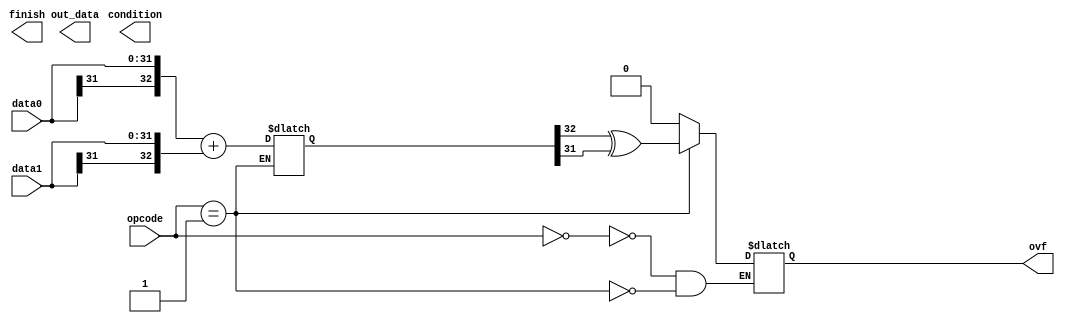
module alu(
    input  [ 3:0]   opcode,        //操作码
    input  [31:0]   data0,         //输入数据A
    input  [31:0]   data1,         //输入数据B
    output [31:0]   out_data,      //输出结果
    output reg      ovf,           //溢出标志位
    output [ 3:0]   condition,     //状态码
    output          finish         //完成
    );   
    parameter   _OUT            = 1'h0;
    parameter   _ADD            = 1'h1;
    parameter   _SUB            = 1'h2;
    parameter   _AND            = 1'h3;
    parameter   _OR             = 1'h4;
    parameter   _NOR            = 1'h5;
    parameter   _XOR            = 1'h6;
    parameter   _SHITF_L_LOGIC  = 1'h7;
    parameter   _SHITF_R_LOGIC  = 1'h8;
    parameter   _SHITF_R_ARITH  = 1'h9;
    parameter  _MULT            = 1'ha;
    parameter  _DIV             = 1'hb;
    parameter  _MULTU           = 1'hc;
    parameter  _DIVU            = 1'hd;
    parameter  _SLT             = 1'he;
    parameter  _SLTU            = 1'hf;
    wire [4:0]    shf;
    assign shf = data1[4:0];
    wire [31:0] shf_temp_1;
    wire [31:0] shf_temp_2;
    wire [31:0] shf_temp_3;
    wire [31:0] shf_temp_4;
    wire [31:0] shf_temp_5;
    wire EQ,NE,GT,LT;
    wire [32:0] tmp0;
    wire [32:0] tmp1;
    wire [32:0] tmp_out;
    assign tmp0 =  {data0[31],data0};
    assign tmp1 = {data1[31],data1};

    always@(*)
    begin
        case(opcode)
            _OUT:           
            begin
                outdata <= data0;
                ovf = 0;
            end
            _ADD:
            begin
                tmp_out <= tmp0 + tmp1;
                ovf <= tmp_out[32] ^ tmp_out[31];
                outdata <= tmp_out[31:0];
            end 
            _SUB:
            begin
                tmp_out <= data0 - data1;
                ovf <= tmp_out[32] ^ tmp_out[31];
                outdata <= tmp_out[31:0];
                EQ <= 1'b0;
                NE <= 1'b0;
                GT <= 1'b0;
                LT <= 1'b0;
                if(outdata == 32'b0)EQ <=1'b1;
                else if(outdata[31]==1'b0)
                begin
                    NE <= 1'b1;
                    GT <= 1'b1;
                end
                else 
                begin
                    NE <= 1'b1;
                    LT <= 1'b1;
                end
                condition <= {EQ,NE,GT,LT};
            end 
            _AND:
            begin
                outdata <= data0 & data1;
                ovf = 0;
            end
            _OR:
            begin
                outdata <= data0 | data1;
                ovf = 0;
            end
            _NOR:
            begin
                outdata <= ~(data0 ^ data1);
                ovf = 0;
            end
            _XOR:
            begin
                outdata <= data0 ^ data1;
                ovf = 0;
            end
            _SHITF_L_LOGIC:
            begin
               // outdata = data0 << data1;
                shf_tmp_1 <= shf[0]?{data0[30:0],1'b0}:data0;
                shf_tmp_2 <= shf[1]?{shf_tmp_1[29:0],2'b0}:shf_tmp_1;
                shf_tmp_3 <= shf[2]?{shf_tmp_2[27:0],4'b0}:shf_tmp_2;
                shf_tmp_4 <= shf[3]?{shf_tmp_3[23:0],8'b0}:shf_tmp_3;
                shf_tmp_5 <= shf[4]?{shf_tmp_4[15:0],16'b0}:shf_tmp_4;
                outdata <= shf_tmp_5;
                ovf = 0;
            end
            _SHITF_R_LOGIC:
            begin
                shf_tmp_1 <= shf[0]?{ 1'b0,data0[31:1]}:data0;
                shf_tmp_2 <= shf[1]?{ 2'b0,shf_tmp_1[31:2]}:shf_tmp_1;
                shf_tmp_3 <= shf[2]?{ 4'b0,shf_tmp_2[31:4]}:shf_tmp_2;
                shf_tmp_4 <= shf[3]?{ 8'b0,shf_tmp_3[31:8]}:shf_tmp_3;
                shf_tmp_5 <= shf[4]?{16'b0,shf_tmp_4[31:16]}:shf_tmp_4;
                outdata <= shf_tmp_5;
                ovf = 0;
            end
            _SHITF_R_ARITH:
            begin
               // outdata = ($signed(data0)) >>> data1;
                shf_tmp_1 <= shf[0]?{{ 1{data0[31]}},data0    [31:1]}:data0;
                shf_tmp_2 <= shf[1]?{{ 2{data0[31]}},shf_tmp_1[31:2]}:shf_tmp_1;
                shf_tmp_3 <= shf[2]?{{ 4{data0[31]}},shf_tmp_2[31:4]}:shf_tmp_2;
                shf_tmp_4 <= shf[3]?{{ 8{data0[31]}},shf_tmp_3[31:8]}:shf_tmp_3;
                shf_tmp_5 <= shf[4]?{{16{data0[31]}},shf_tmp_4[31:16]}:shf_tmp_4;
                outdata <= shf_tmp_5;
                ovf = 0;
            end
            _MULT:
            begin

            end
            _DIV:
            begin

            end
            _MULTU:
            begin

            end
            _DIVU:
            begin

            end
             _SLT:
            begin
                tmp_out <= data0 - data1;
                ovf <= tmp_out[32] ^ tmp_out[31];
                outdata <= {32{tmp_out[32]}};
            end 
            _SLTU:
            begin
                outdata <={32{(data0>data1)?1:0}};
                ovf = 0;
            end 
        endcase
    end
endmodule